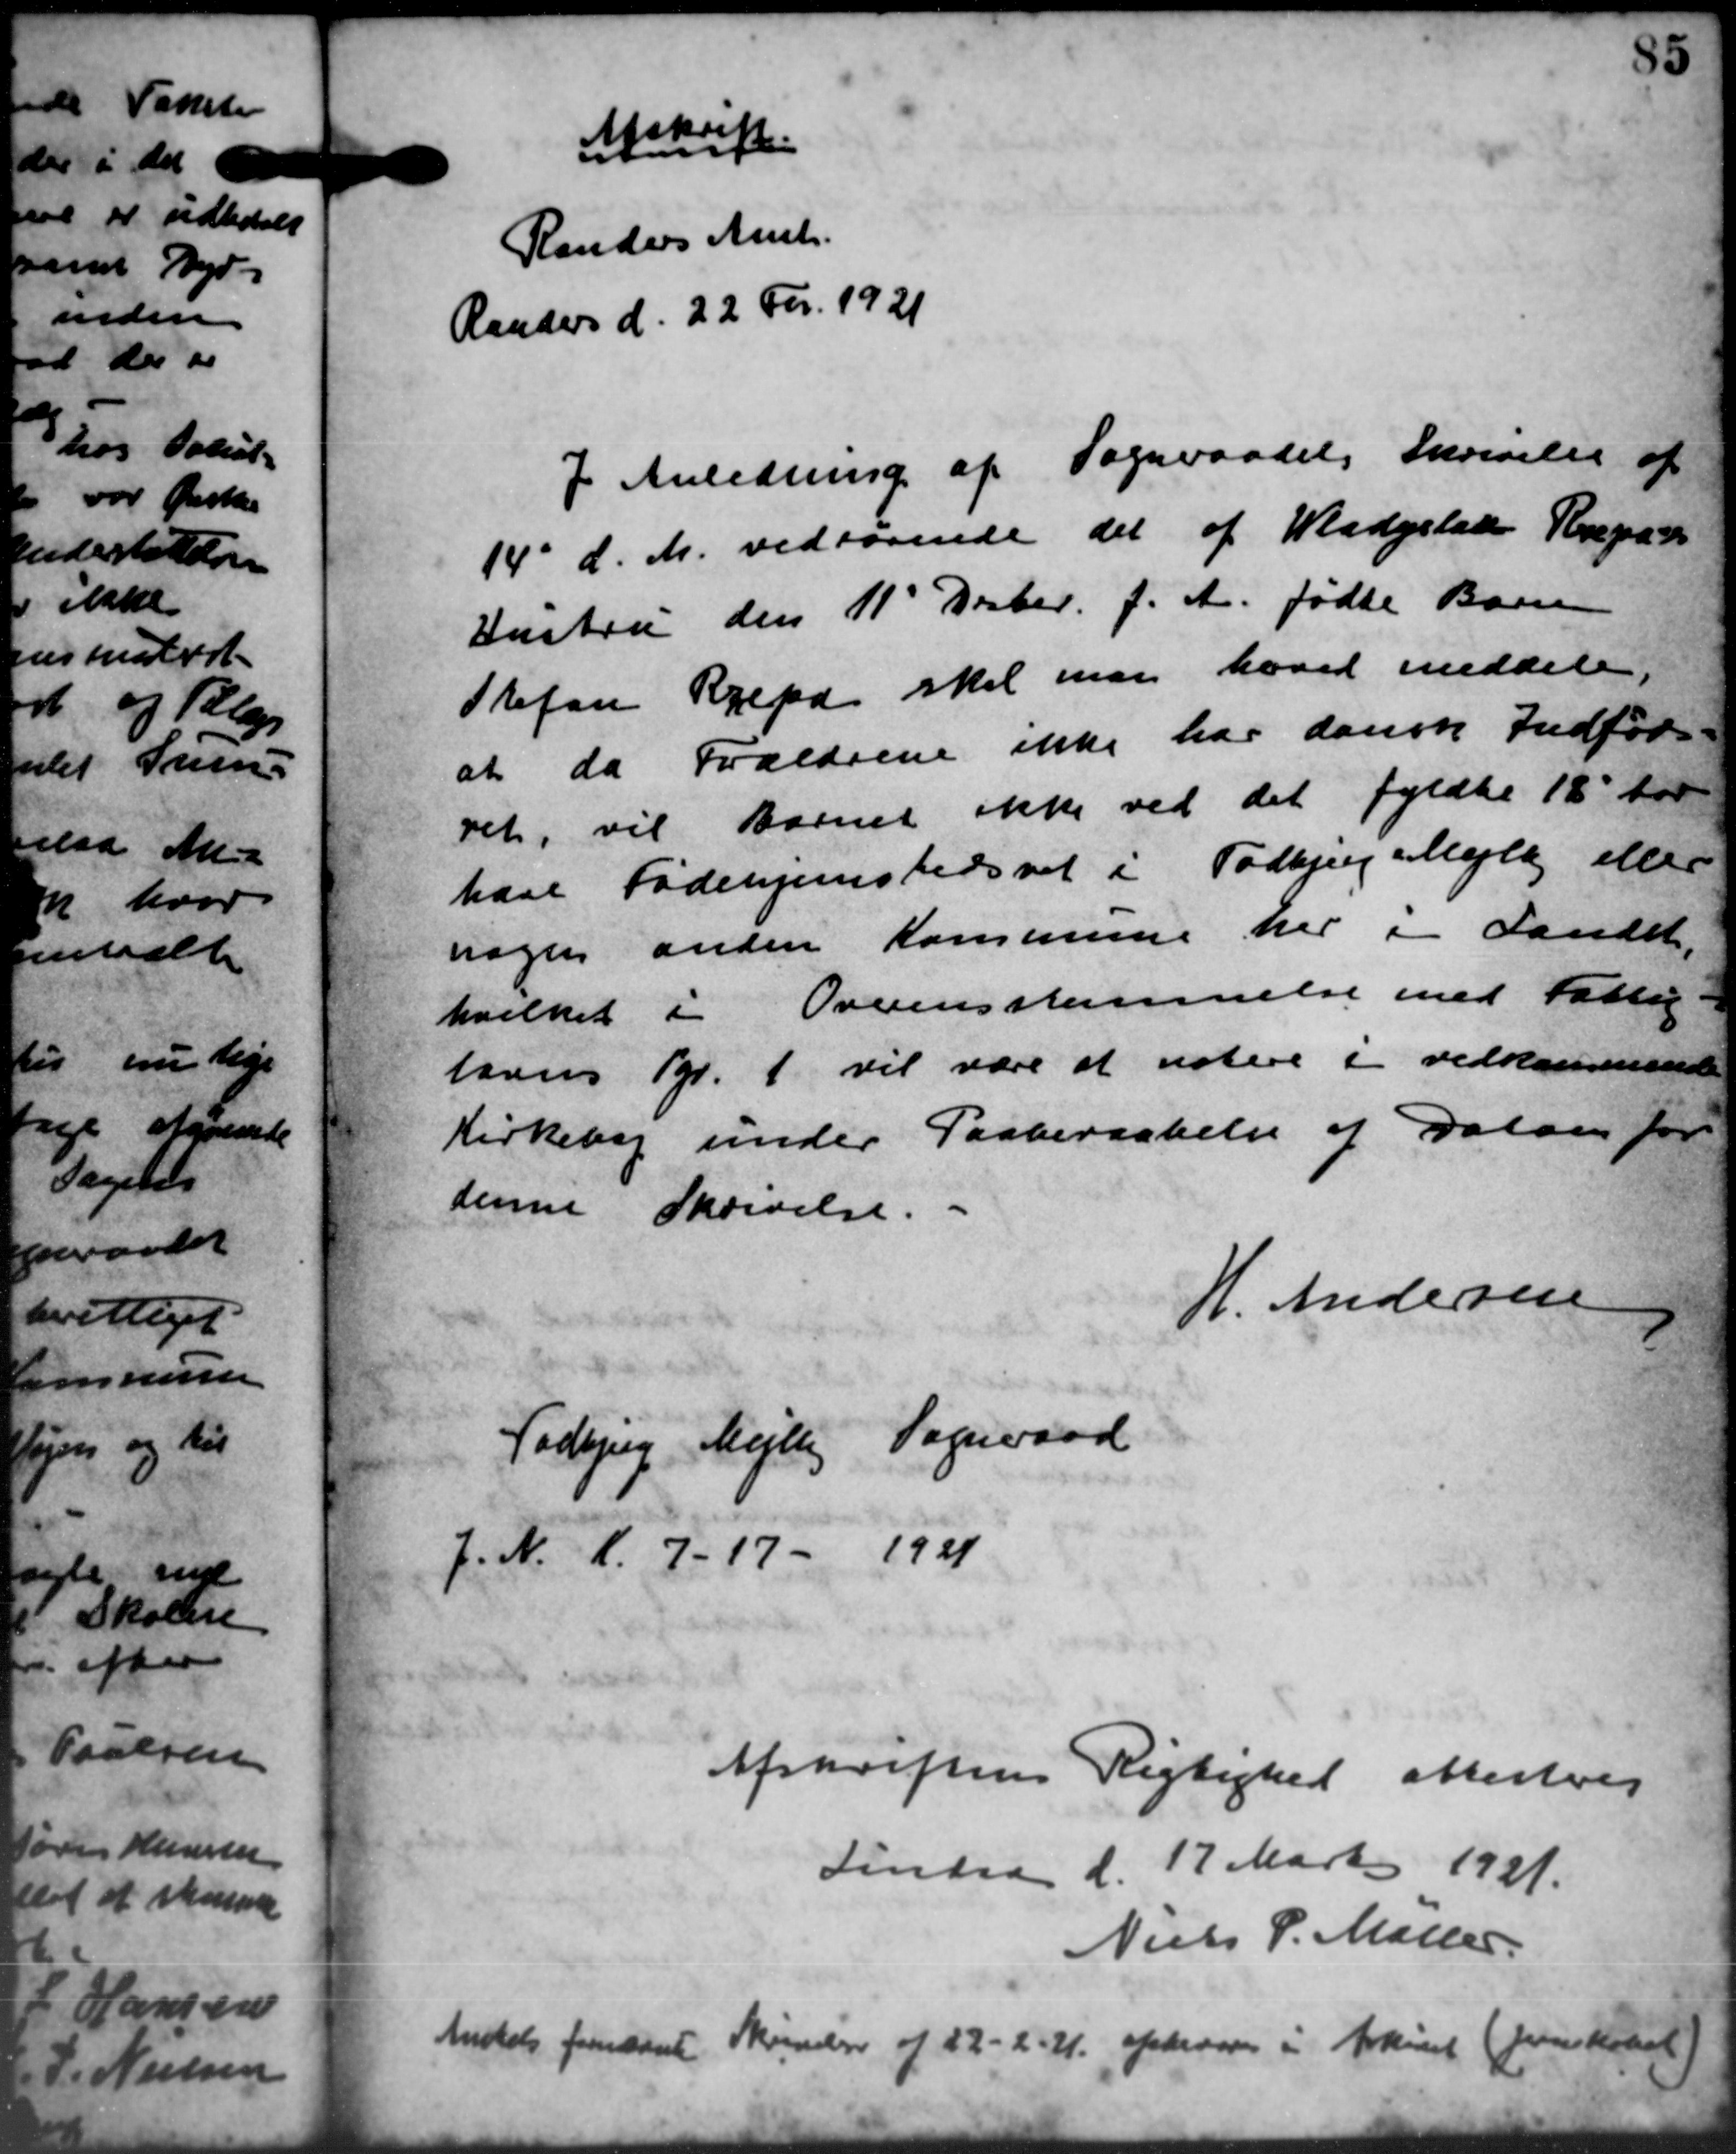
Transskription:
Afskrift.
Randers Amts
Randers d. 22 For. 1921
I Anledning af Sogneraadets Skrivelse af
14' d. M. vedtagende det af Wadgelaa Repar
Hustru den 11d Debr. f. A. fødte Barn
Stefan Kjeld skal man hævet meddele
at da Forældrene ikke har dansk Indfør-
ret, vil Barnet ikke ved det fyldte 18 for
have Fødehjemstedsret i Todbjerg Mejlby eller
nogen anden Kommune her i Landet,
hvilket i Overensstemmelse med Fattig
havns Kl. 1 vil være at notere i vedkommende
Kirkebog under Paaberettelse af Datoen for
denne Skrivelse.
H. Andersen
Todbjerg Mejlby Sogneraad
1. N. K. 7-17 - 1921
Afskriftens Rigtighed attestvej
Lindaa d. 17 Marts 1921.
Niels P. Møller
Andelse foreland
Skrivelse af 22 - 2 - 41 opkræves i Arkivet (frenskabet